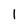
Character: I